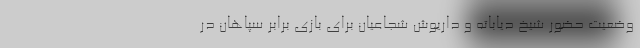
وضعیت حضور شیخ دیاباته و داریوش شجاعیان برای بازی برابر سپاهان در